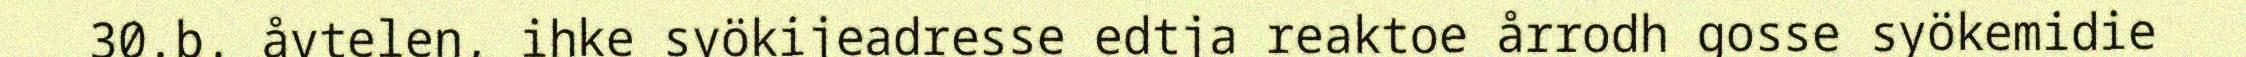
30.b. åvtelen, ihke syökijeadresse edtja reaktoe årrodh gosse syökemidie